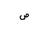
Letter: _sad